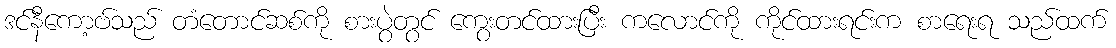
ဒင်နီကော့ဗ်သည် တံတောင်ဆစ်ကို စားပွဲတွင် ကွေးတင်ထားပြီး ကလောင်ကို ကိုင်ထားရင်းက စာရေးရ သည်ထက်